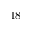
1 8